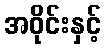
အဝိုင်းနှင့်